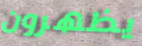
يظهرون